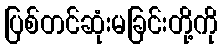
ပြစ်တင်ဆုံးမခြင်းတို့ကို